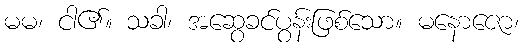
မမ၊ ငါ၏။ သခါ၊ အဆွေခင်ပွန်းဖြစ်သော။ မနောဇော၊